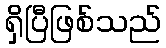
ရှိပြီဖြစ်သည်